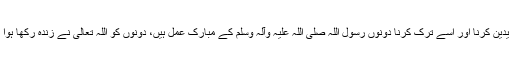
رفع یدین کرنا اور اسے ترک کرنا دونوں رسول اللہ صلیٰ اللہ علیہ وآلہ وسلم کے مبارک عمل ہیں، دونوں کو اللہ تعالیٰ نے زندہ رکھا ہوا ہے۔